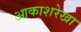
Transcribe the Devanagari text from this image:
आकाशरेखा